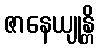
ဇာနေယျုန္တိ